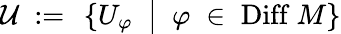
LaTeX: {\mathcal U}\ :=\ \left\{ U_{\varphi}\ \bigm|\ \varphi\; \in\; \mathrm{Diff}\ M\right\}